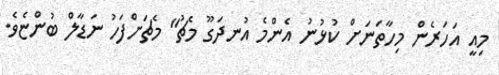
މިއީ އަހަރެން މިހާތަނަށް ކުޅުނު އެންމެ އުނދަގޫ މެޗު" މެޗަށްފަހު ނަޑާލް ބުންޏެވެ.